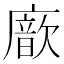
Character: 𢋆